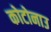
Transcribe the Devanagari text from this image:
कोटोनाउ